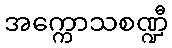
အက္ကောသစဏ္ဍီ